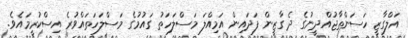
އަލްގާޒީ ހަސަންތާޖުއްދީނުގެ ދެ ގާޒީން ފަދައިން އަމިއްލަ މަސްލަހަތު ގައުމުގެ މަސްލަހަތައްވުރެ އިސްކުރީމައެވެ.